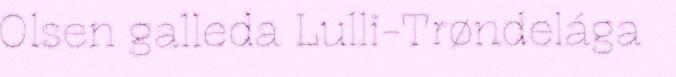
Olsen galleda Lulli-Trøndelága